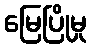
မြေပြိုမှု